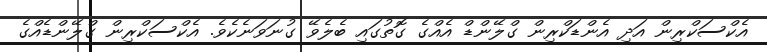
އެކްސަކްރިން އަދި އެންޑަކްރިން ގްލޭންޑް އެއްގެ ގޮތުގައި ބެލެވޭ ގުނަވަނެކެވެ. އެކްސަކްރިން ގްލޭންޑެއްގެ